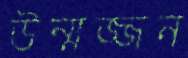
উন্মজ্জন